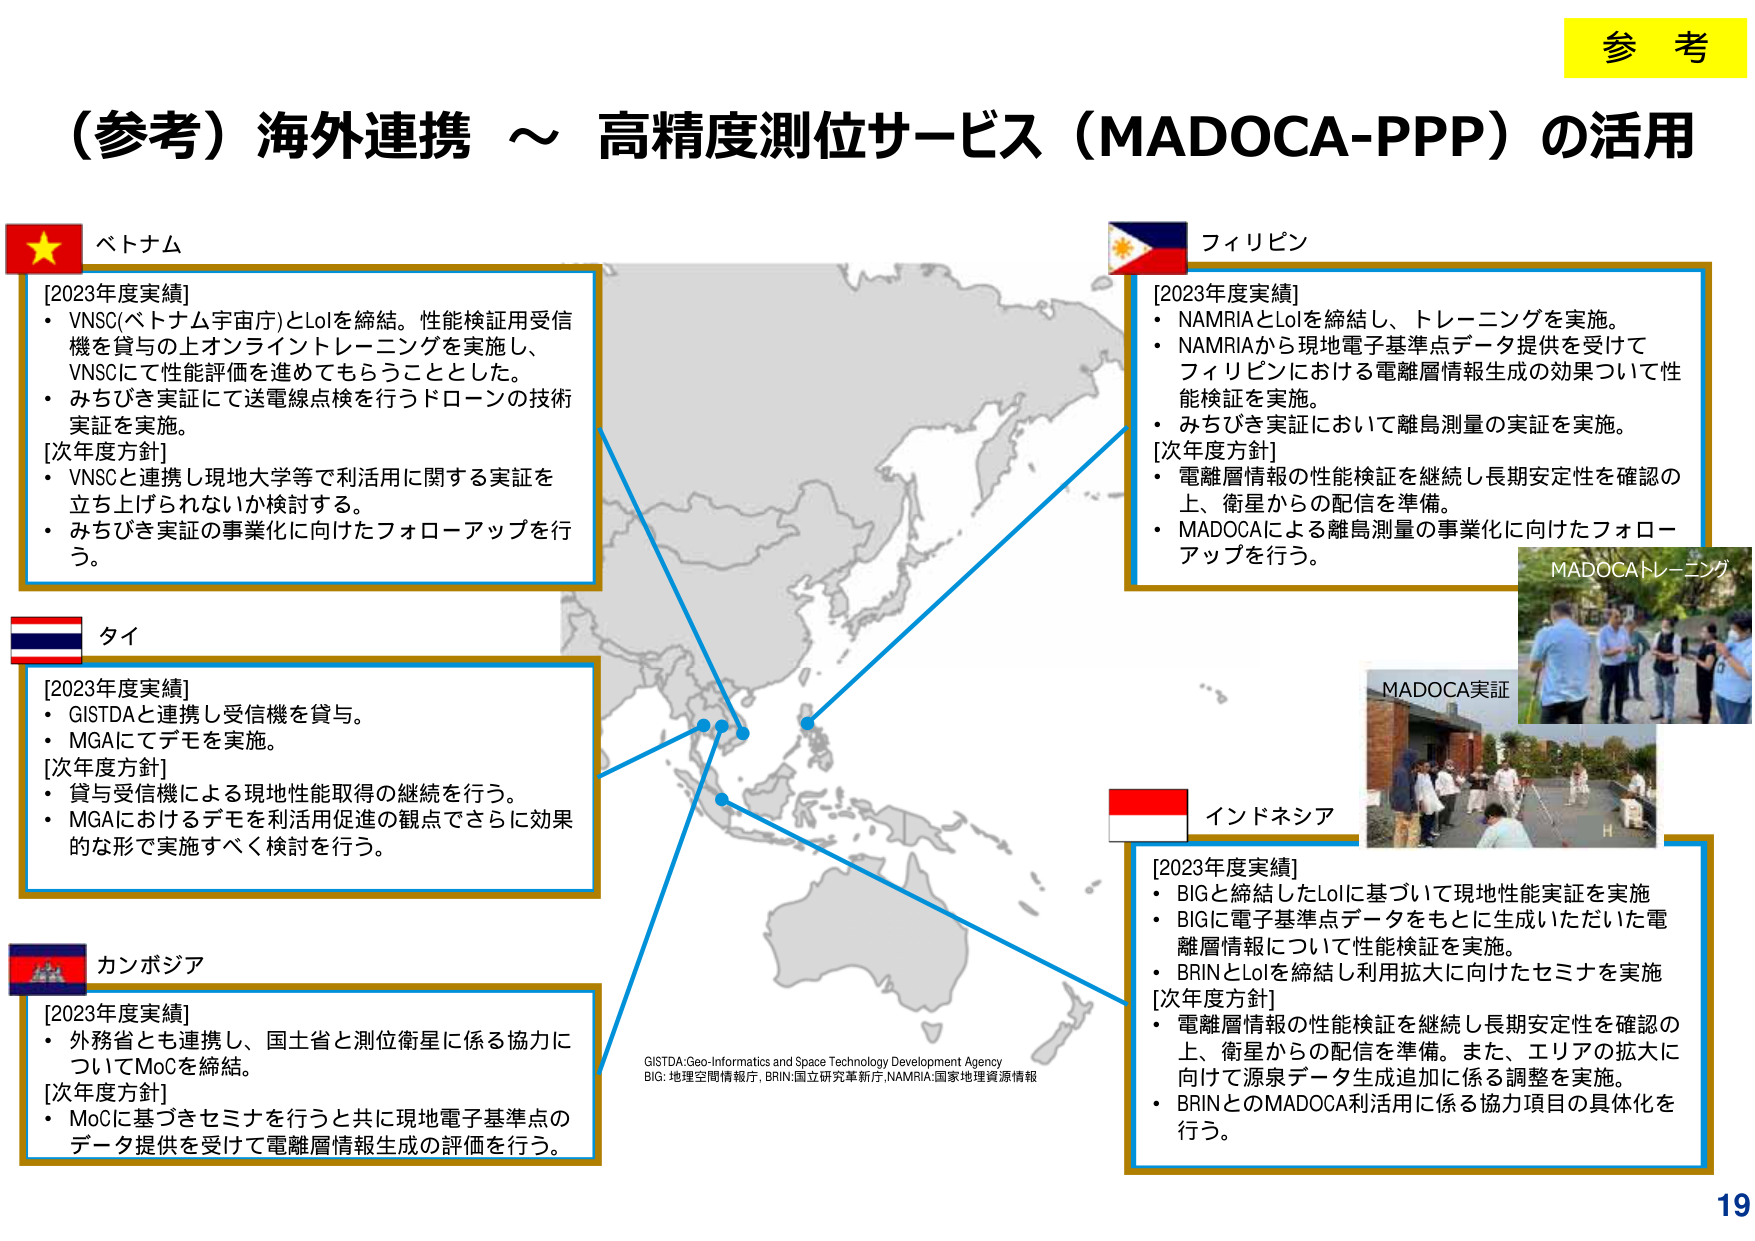
（参考）海外連携 ～ 高精度測位サービス（MADOCA-PPP）の活用

参考

ベトナム
[2023年度実績]
・VNSC(ベトナム宇宙庁)とLoIを締結。性能検証用受信機を貸与の上オンライントレーニングを実施し、VNSCにて性能評価を進めてもらうこととした。
・みちびき実証にて送電線点検を行うドローンの技術実証を実施。
[次年度方針]
・VNSCと連携し現地大学等で利活用に関する実証を立ち上げられないか検討する。
・みちびき実証の事業化に向けたフォローアップを行う。

フィリピン
[2023年度実績]
・NAMRIAとLoIを締結し、トレーニングを実施。
・NAMRIAから現地電子基準点データ提供を受けてフィリピンにおける電離層情報生成の効果ついて性能検証を実施。
・みちびき実証において離島測量の実証を実施。
[次年度方針]
・電離層情報の性能検証を継続し長期安定性を確認の上、衛星からの配信を準備。
・MADOCAによる離島測量の事業化に向けたフォローアップを行う。

タイ
[2023年度実績]
・GISTDAと連携し受信機を貸与。
・MGAにてデモを実施。
[次年度方針]
・貸与受信機による現地性能取得の継続を行う。
・MGAにおけるデモを利活用促進の観点でさらに効果的な形で実施すべく検討を行う。

カンボジア
[2023年度実績]
・外務省とも連携し、国土省と測位衛星に係る協力についてMoCを締結。
[次年度方針]
・MoCに基づきセミナを行うと共に現地電子基準点のデータ提供を受けて電離層情報生成の評価を行う。

インドネシア
[2023年度実績]
・BIGと締結したLoIに基づいて現地性能実証を実施
・BIGに電子基準点データをもとに生成いただいた電離層情報について性能検証を実施。
・BRINとLoIを締結し利用拡大に向けたセミナを実施
[次年度方針]
・電離層情報の性能検証を継続し長期安定性を確認の上、衛星からの配信を準備。また、エリアの拡大に向けて源泉データ生成追加に係る調整を実施。
・BRINとのMADOCA利活用に係る協力項目の具体化を行う。

MADOCAトレーニング
MADOCA実証

GISTDA:Geo-Informatics and Space Technology Development Agency
BIG:地理空間情報庁, BRIN:国立研究革新庁, NAMRIA:国家地理資源情報

19